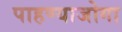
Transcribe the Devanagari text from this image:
पाहण्याजोगा